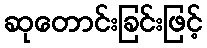
ဆုတောင်းခြင်းဖြင့်